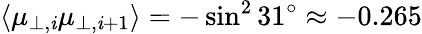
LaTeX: \langle\mu_{\perp,\mathit{i}}\mu_{\perp,\mathit{i}+1}\rangle=-\sin^{2}31^{\circ}\approx-0.265